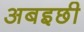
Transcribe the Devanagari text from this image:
अबइछी